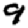
Digit: 9